Report of the Municipal Commissioner on the plague in Bombay for the year ending 31st May... - Volume 2
Disease focus: Plague
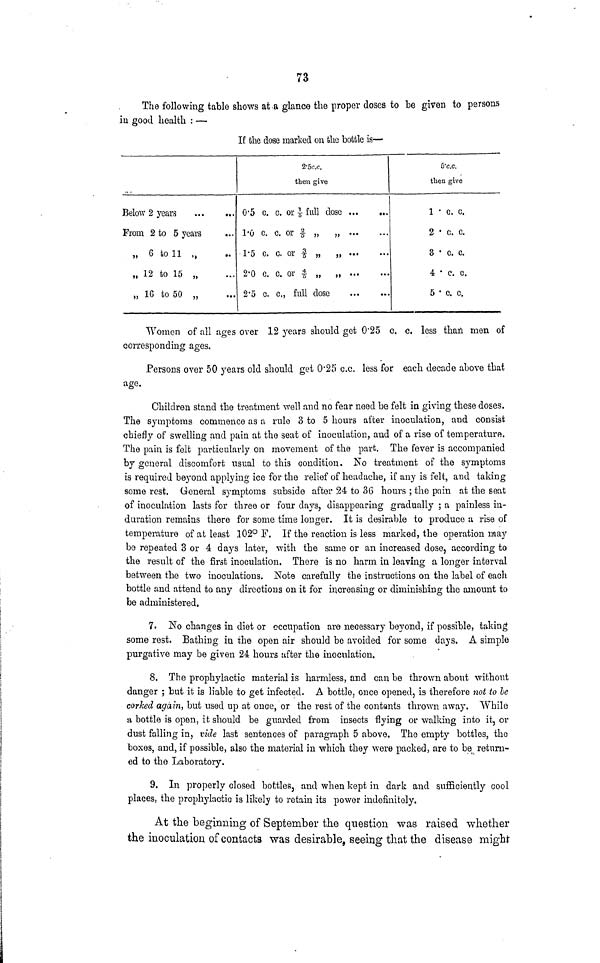
73
The following table shows at .a glance the proper doses to he given to persons
in good health : —
If the dose marked on the bottle is—
Below 2 years
From 2 to 5 years
„ 6 toll ()
„ 12 to 15 „
„ 16 to 50 „
2'5c i .c.
then give
0-5
I'D
1-5
2-0
2'5
c. c. or 1/5 full dose
c. c. or2/5| „ „
c. c. or 3/5 „ ,
c. c. or4/5 „ „
c. c., full dose
6'c.c.
then give
1 ' G, C.
2 c. c.
3 ' C. C.
4 c. c.
5 ' c. c.
Women of all ages over 12 years should get Q'25 c. c. less than men of
corresponding ages.
Persons over 50 years old should get 0*25 c.c. less for each decade above that
age.
Children stand the treatment well and no fear need be felt in giving these doses.
The symptoms commence as a rule 3 to 5 hours after inoculation, and consist
chiefly of swelling and pain at the seat of inoculation, and of a rise of temperature.
The pain is felt particularly on movement of the part. The fever is accompanied
by general discomfort usual to this condition. No treatment of the symptoms
is required bej'ond applying ice for the relief of headache, if any is felt, and taking
some rest. General symptoms subside after 24 to 36 hours ; the pain at the seat
of inoculation lasts for three or four days, disappearing gradually ; a painless in-
duration remains there for some time longer. It is desirable to produce a rise of
temperature of at least 102° F. If the reaction is less marked, the operation may
be repeated 3 or 4 days later, with the same or an increased dose, according to
the result of the first inoculation. There is no harm in leaving a longer interval
between the two inoculations. Note carefully the instructions on the label of each
bottle and attend to any directions on it for increasing or diminishing the amount to
be administered.
7. No changes in diet or occupation are necessary beyond, if possible, taking
some rest. Bathing in the open air should be avoided for some days. A simple
purgative may be given 24 hours after the inoculation.
8. The prophylactic material is harmless, and can be thrown about without
danger ; but it is liable to get infected. A bottle, once opened, is therefore ?iot to le
corked again, but used up at once, or the rest of the contents thrown away. While
a bottle is open, it should be guarded from insects flying or walking into it, or
dust falling in, vide last sentences of paragraph 5 above. The empty bottles, the
boxes, and, if possible, also the material in -which they were packed, are to be return-
ed to the Laboratory.
9. In properly closed bottles, and when kept in dark and sufficiently cool
places, the prophylactic is likely to retain its power indefinitely.
At the beginning of September the question was raised whether
the inoculation of contacts was desirable, seeing that the disease might